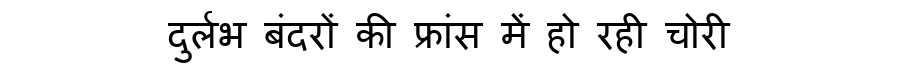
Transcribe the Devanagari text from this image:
दुर्लभ बंदरों की फ्रांस में हो रही चोरी